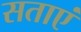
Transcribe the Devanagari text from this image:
सताएं